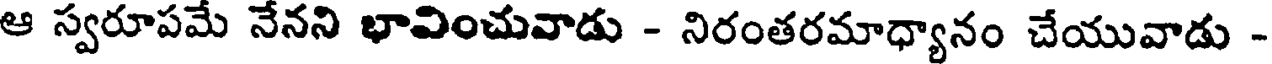
ఆ స్వరూపమే నేనని భావించువాడు - నిరంతరమాధ్యానం చేయువాడు -